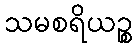
သမစရိယဉ္စ